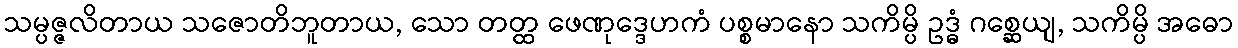
သမ္ပဇ္ဇလိတာယ သဇောတိဘူတာယ, သော တတ္ထ ဖေဏုဒ္ဒေဟကံ ပစ္စမာနော သကိမ္ပိ ဥဒ္ဓံ ဂစ္ဆေယျ, သကိမ္ပိ အဓော